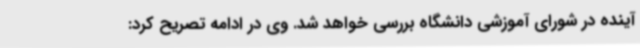
آینده در شورای آموزشی دانشگاه بررسی خواهد شد. وی در ادامه تصریح کرد: